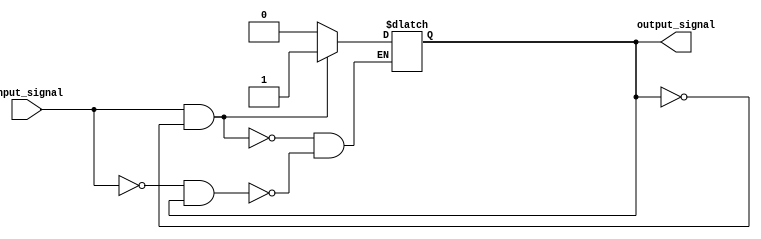
module schmitt_trigger_buffer (
    input wire input_signal,
    output reg output_signal
);

reg prev_output;

always @ (input_signal)
begin
    if (input_signal && !prev_output) begin
        output_signal <= 1;
    end
    else if (!input_signal && prev_output) begin
        output_signal <= 0;
    end
    prev_output <= output_signal;
end

endmodule